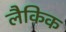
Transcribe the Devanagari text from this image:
लैकिक